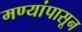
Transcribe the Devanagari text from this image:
मण्यांपासून